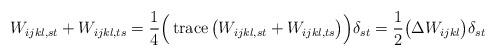
LaTeX: \begin{align*}W_{ijkl,st}+W_{ijkl,ts} = \frac{1}{4}\Big(\operatorname{trace}\big(W_{ijkl,st}+W_{ijkl,ts}\big)\Big)\delta_{st}=\frac{1}{2}\big(\Delta W_{ijkl}\big) \delta_{st}\end{align*}